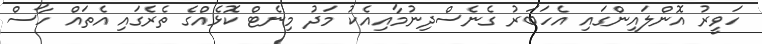
ހަވީރު އޮންލައިންގައި އެހަބަރު ގެނެސްދިނުމާއިއެކު މަދު މިނެޓް ކޮޅެއްގެ ތެރެގައި އެތައް ހާސް